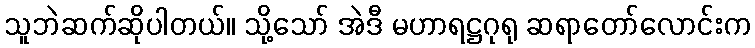
သူဘဲဆက်ဆိုပါတယ်။ သို့သော် အဲဒီ မဟာရဋ္ဌဂုရု ဆရာတော်လောင်းက